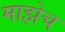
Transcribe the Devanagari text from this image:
माझेच